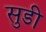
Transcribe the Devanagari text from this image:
सुडी